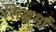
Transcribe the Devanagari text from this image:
सिद्धर्मा